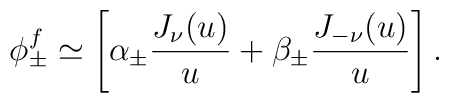
\phi_\pm^f \simeq \left [ \alpha_\pm {J_\nu(u) \over u} +                   \beta_\pm {J_{-\nu}(u) \over u} \right ].